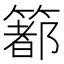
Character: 𥳉